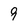
Character: 9